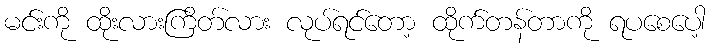
မင်းကို ထိုးလားကြိတ်လား လုပ်ရင်တော့ ထိုက်တန်တာကို ရပစေပေါ့